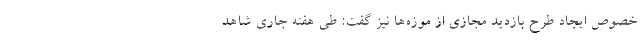
خصوص ایجاد طرح بازدید مجازی از موزه‌ها نیز گفت: طی هفته جاری شاهد